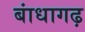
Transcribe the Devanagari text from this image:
बांधागढ़